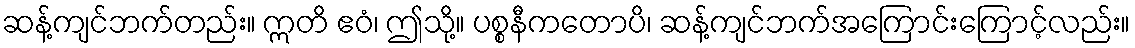
ဆန့်ကျင်ဘက်တည်း။ ဣတိ ဧဝံ၊ ဤသို့။ ပစ္စနီကတောပိ၊ ဆန့်ကျင်ဘက်အကြောင်းကြောင့်လည်း။